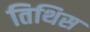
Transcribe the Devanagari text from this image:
तिथिस